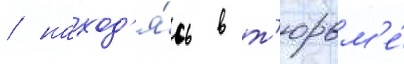
/ наход'я́сь в т'юрьм'е́